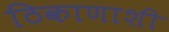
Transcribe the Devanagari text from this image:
ठिकाणाशी